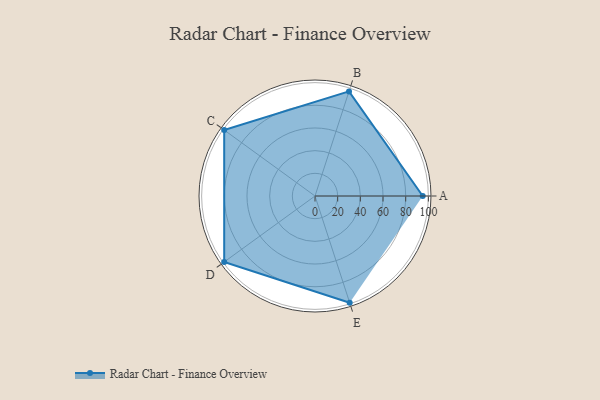
{"axis": {"x": "Skill", "y": "Score"}, "legend": ["Profile"], "data": [{"x": "A", "y": 95.0, "type": "Profile"}, {"x": "B", "y": 97.0, "type": "Profile"}, {"x": "C", "y": 99, "type": "Profile"}, {"x": "D", "y": 99, "type": "Profile"}, {"x": "E", "y": 99, "type": "Profile"}]}